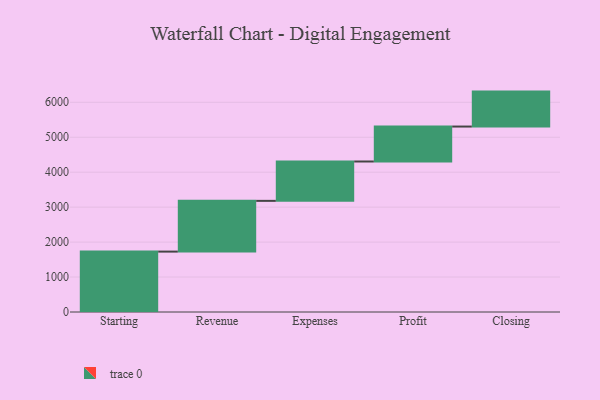
{"axis": {"x": "Step", "y": "Value"}, "legend": [""], "data": [{"x": "Starting", "y": 1728.0, "type": ""}, {"x": "Revenue", "y": 1452.0, "type": ""}, {"x": "Expenses", "y": 1126.0, "type": ""}, {"x": "Profit", "y": 1000, "type": ""}, {"x": "Closing", "y": 1000, "type": ""}]}